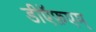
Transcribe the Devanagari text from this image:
डीऍफ़एम्